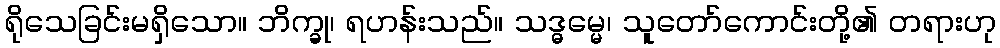
ရိုသေခြင်းမရှိသော။ ဘိက္ခု၊ ရဟန်းသည်။ သဒ္ဓမ္မေ၊ သူတော်ကောင်းတို့၏ တရားဟု